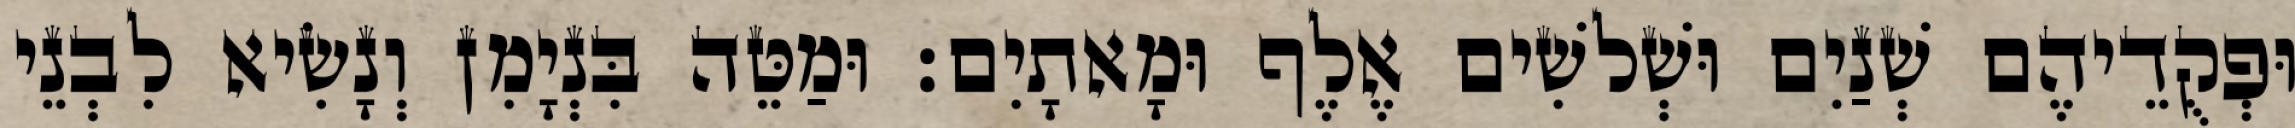
וּפְקֻדֵיהֶם שְׁנַיִם וּשְׁלשִׁים אֶלֶף וּמָאתָיִם׃ וּמַטֵּה בִּנְיָמִן וְנָשִׂיא לִבְנֵי